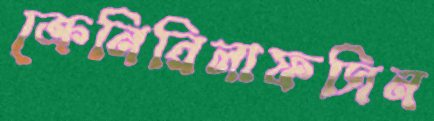
ক্রেনিরিলাফসিন